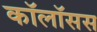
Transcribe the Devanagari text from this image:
कॉलॉसस